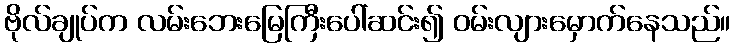
ဗိုလ်ချုပ်က လမ်းဘေးမြေကြီးပေါ်ဆင်း၍ ဝမ်းလျားမှောက်နေသည်။